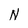
Character: N